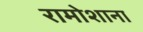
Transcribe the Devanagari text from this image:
रामोशाना